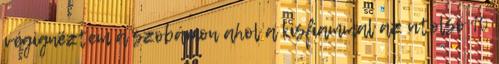
végignéztem a szobámon ahol a kisfiammal az utolsó 10